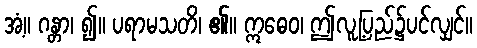
အံ့။ ဂန္တာ၊ ၍။ ပရာမသတိ၊ ၏။ ဣဓေဝ၊ ဤလူ့ပြည်၌ပင်လျှင်။